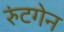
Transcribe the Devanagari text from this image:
रुंटगेन